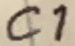
Text: C1